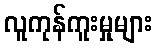
လူကုန်ကူးမှုများ